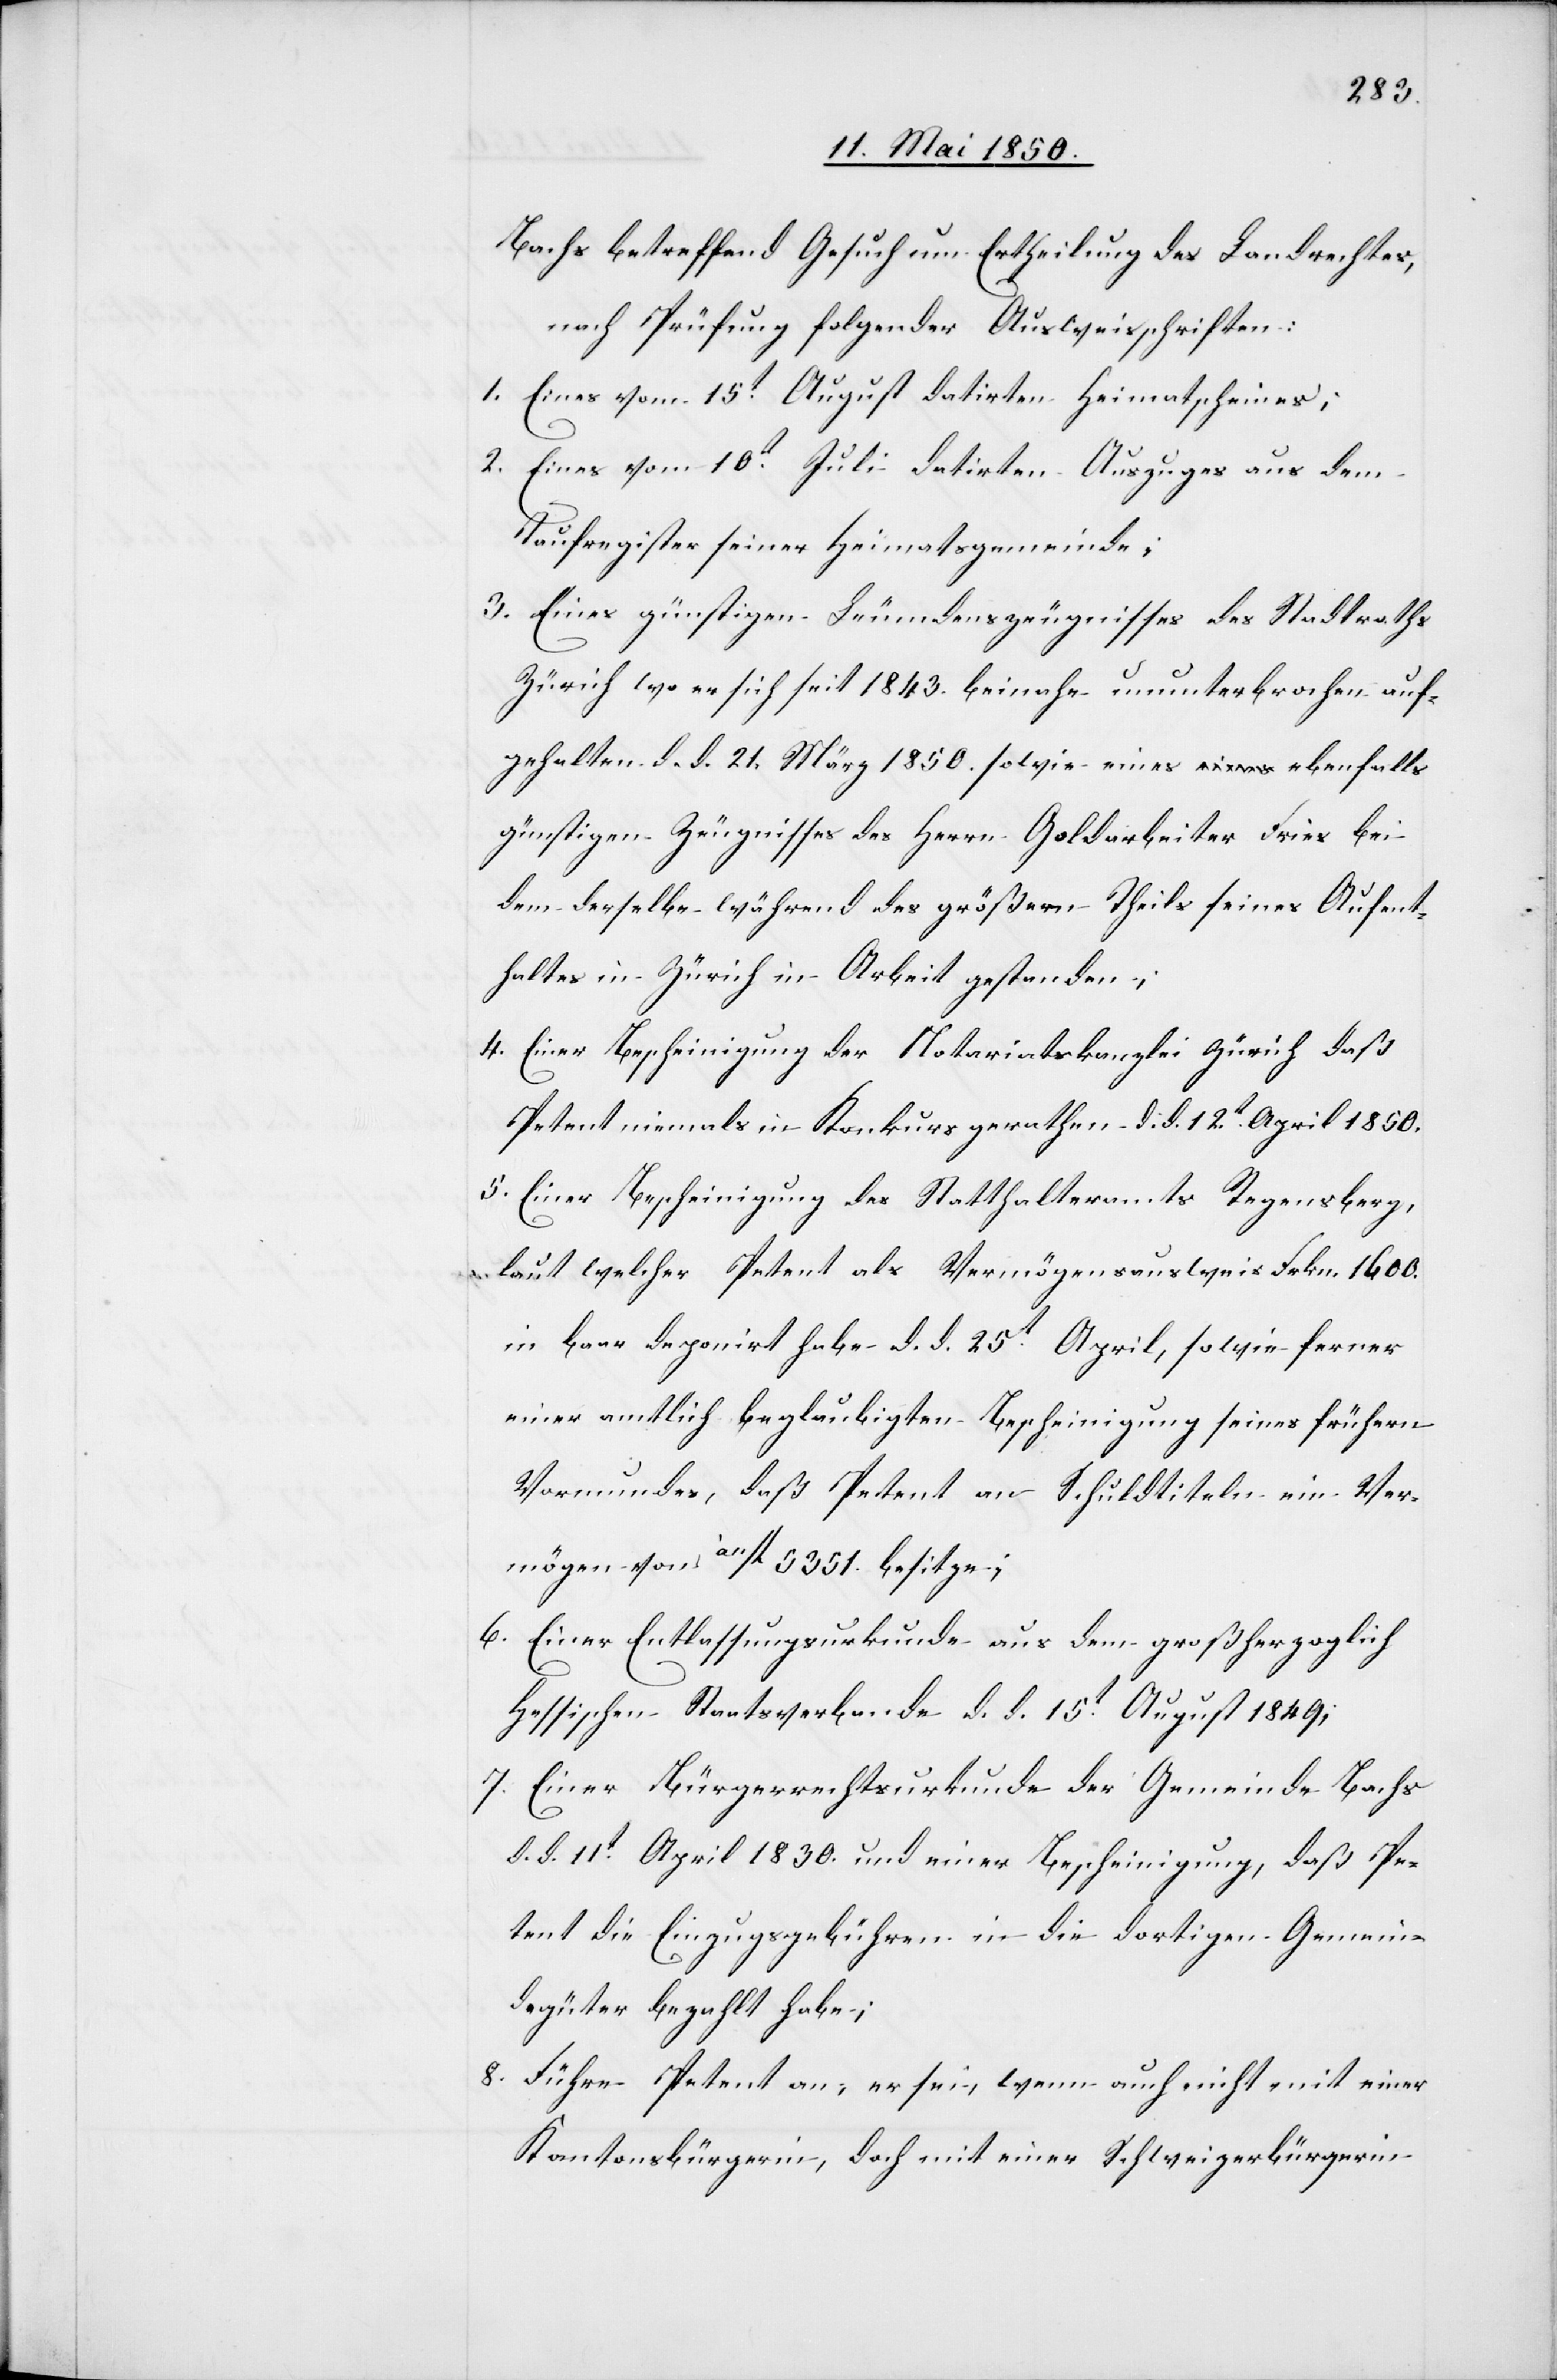
Bachs betreffend Gesuch um Ertheilung des Landrechtes,
nach Prüfung folgender Ausweisschriften:
1. Eines vom 15t August datirten Heimatscheines;
2. Eines vom 10t Juli datirten Auszuges aus dem
Taufregister seiner Heimatsgemeinde;
3. Eines günstigen Leumdenszeugnisses des Stadtrathes
Zürich wo er sich seit 1843. beinahe ununterbrochen auf¬
gehalten d. d. 21. März 1850. sowie eines ebenfalls
günstigen Zeugnisses des Herrn Goldarbeiter Fries bei
dem derselbe während des größern Theils seines Aufent¬
haltes in Zürich in Arbeit gestanden;
4. Einer Bescheinigung der Notariatskanzlei Zürich daß
Petent niemals in Konkurs gerathen d. d. 12t April 1850.
5. Einer Bescheinigung des Statthalteramts Regensberg,
laut welcher Petent als Vermögensausweis Frkn. 1600.
in baar deponirt habe d. d. 25t April, sowie ferner
einer amtlich beglaubigten Bescheinigung seines frühern
Vormundes, daß Petent an Schuldtiteln ein Ver¬
mögen von à11fl 5351. besitze;
6. Einer Entlassungsurkunde aus dem großherzoglich
Hessischen Staatsverbande d. d. 15t August 1849;
7. Einer Bürgerrechtsurkunde der Gemeinde Bachs
d. d. 11t April 1830. und einer Bescheinigung, daß Pe¬
tent die Einzugsgebühren in die dortigen Gemein¬
degüter bezahlt habe;
8. Führe Petent an, er sei, wenn auch nicht mit einer
Kantonsbürgerin, doch mit einer Schweizerbürgerin